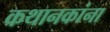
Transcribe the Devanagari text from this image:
कथानकांना